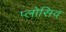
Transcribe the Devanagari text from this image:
प्लोसिव